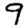
Digit: 9